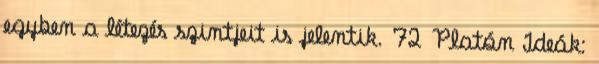
egyben a létezés szintjeit is jelentik. 72 Platón Ideák: